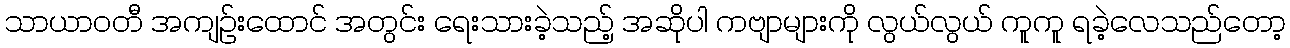
သာယာဝတီ အကျဉ်းထောင် အတွင်း ရေးသားခဲ့သည့် အဆိုပါ ကဗျာများကို လွယ်လွယ် ကူကူ ရခဲ့လေသည်တော့